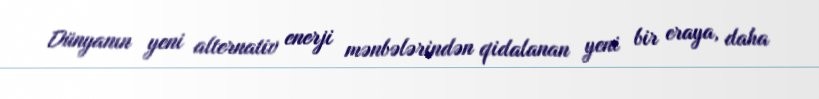
Dünyanın yeni alternativ enerji mənbələrindən qidalanan yeni bir eraya, daha